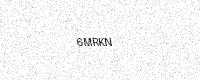
Text: 6MRKN